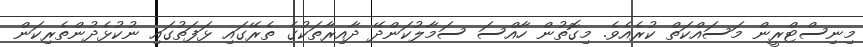
މިނިސްޓްރީން މަސައްކަތް ކުރެއެވެ. މިގޮތުން ހާއްސަ ސަމާލުކަންދޭ ދާއިރާތަކުގެ ތެރޭގައި ޅަފަތުގައި ނުކުޅެދުންތެރިކަން